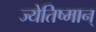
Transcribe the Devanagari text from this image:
ज्येतिष्मान्